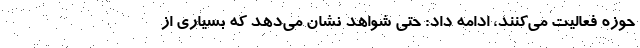
حوزه فعالیت می‌کنند، ادامه داد: حتی شواهد نشان می‌دهد که بسیاری از